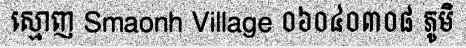
ស្មោញ Smaonh Village ០៦០៤០៣០៨ ភូមិ